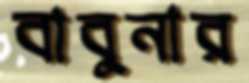
বাবুনার